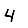
Digit: 4